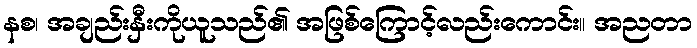
နစ၊ အချည်းနှီးကိုယူသည်၏ အဖြစ်ကြောင့်လည်းကောင်း။ အညတာ